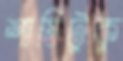
শাস্তিটুকু